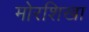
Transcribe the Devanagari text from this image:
मोरशिखा